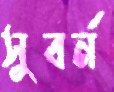
সুবর্ন